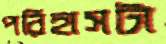
পরিহাসটা